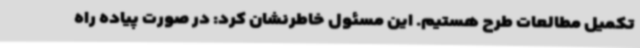
تکمیل مطالعات طرح هستیم. این مسئول خاطرنشان کرد: در صورت پیاده راه